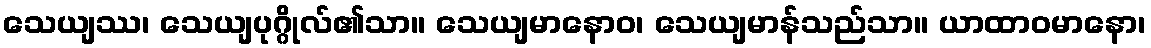
သေယျဿ၊ သေယျပုဂ္ဂိုလ်၏သာ။ သေယျမာနောဝ၊ သေယျမာန်သည်သာ။ ယာထာဝမာနော၊